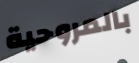
بالمروحية